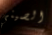
الصيني